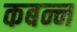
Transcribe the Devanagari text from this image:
कबन्न